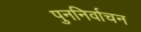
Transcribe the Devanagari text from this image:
पुननिर्वाचन